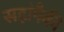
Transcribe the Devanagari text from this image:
सहांपैकी